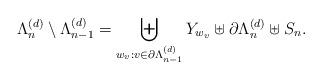
LaTeX: \begin{align*}\Lambda_n^{(d)}\setminus\Lambda_{n-1}^{(d)} = \biguplus_{w_v: v\in\partial\Lambda_{n-1}^{(d)}} Y_{w_v} \uplus \partial\Lambda_n^{(d)} \uplus S_n.\end{align*}